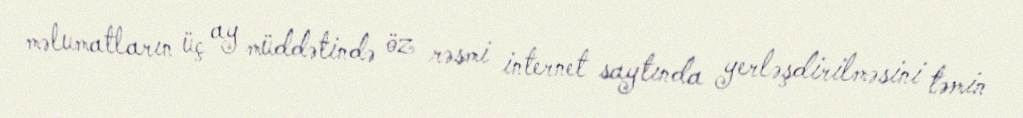
məlumatların üç ay müddətində öz rəsmi internet saytında yerləşdirilməsini təmin